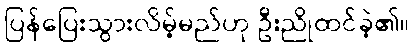
ပြန်ပြေးသွားလိမ့်မည်ဟု ဦးညိုထင်ခဲ့၏။